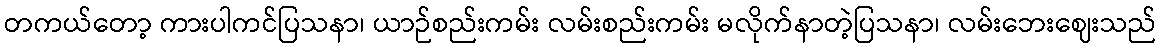
တကယ်တော့ ကားပါကင်ပြသနာ၊ ယာဉ်စည်းကမ်း လမ်းစည်းကမ်း မလိုက်နာတဲ့ပြသနာ၊ လမ်းဘေးဈေးသည်